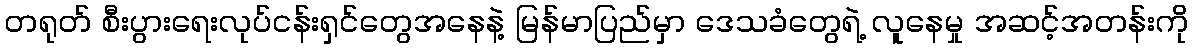
တရုတ် စီးပွားရေးလုပ်ငန်းရှင်တွေအနေနဲ့ မြန်မာပြည်မှာ ဒေသခံတွေရဲ့ လူနေမှု အဆင့်အတန်းကို